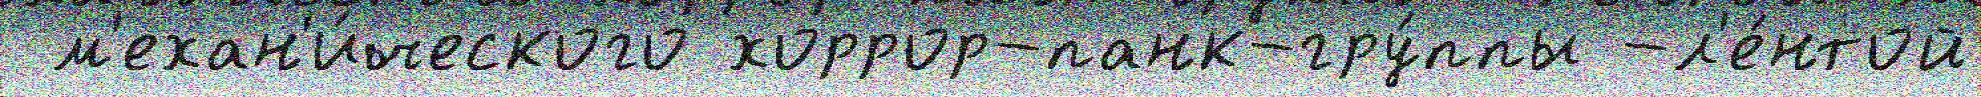
 м'ехан'и́ческого хоррор-панк-гру́ппы -л'е́нтой